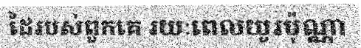
ដៃរបស់ពួកគេ រយៈពេលយូរប៉ុណ្ណា